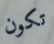
تكون